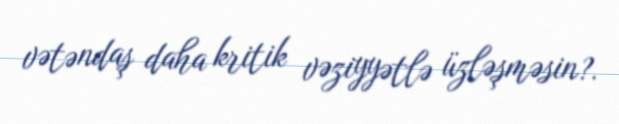
vətəndaş daha kritik vəziyyətlə üzləşməsin?.